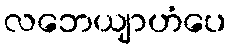
လဘေယျာဟံပေ